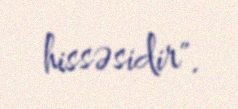
hissəsidir".